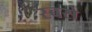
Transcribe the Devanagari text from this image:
स्बसे